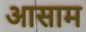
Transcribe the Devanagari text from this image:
अासाम